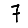
Digit: 7